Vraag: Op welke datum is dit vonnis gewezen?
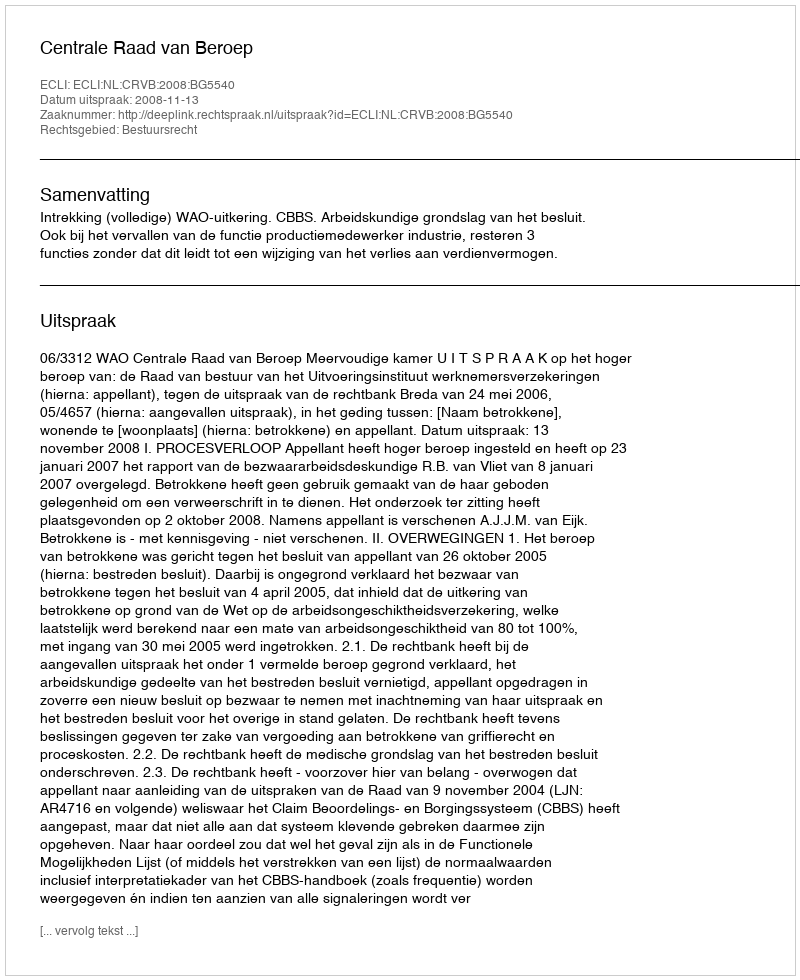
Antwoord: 2008-11-13